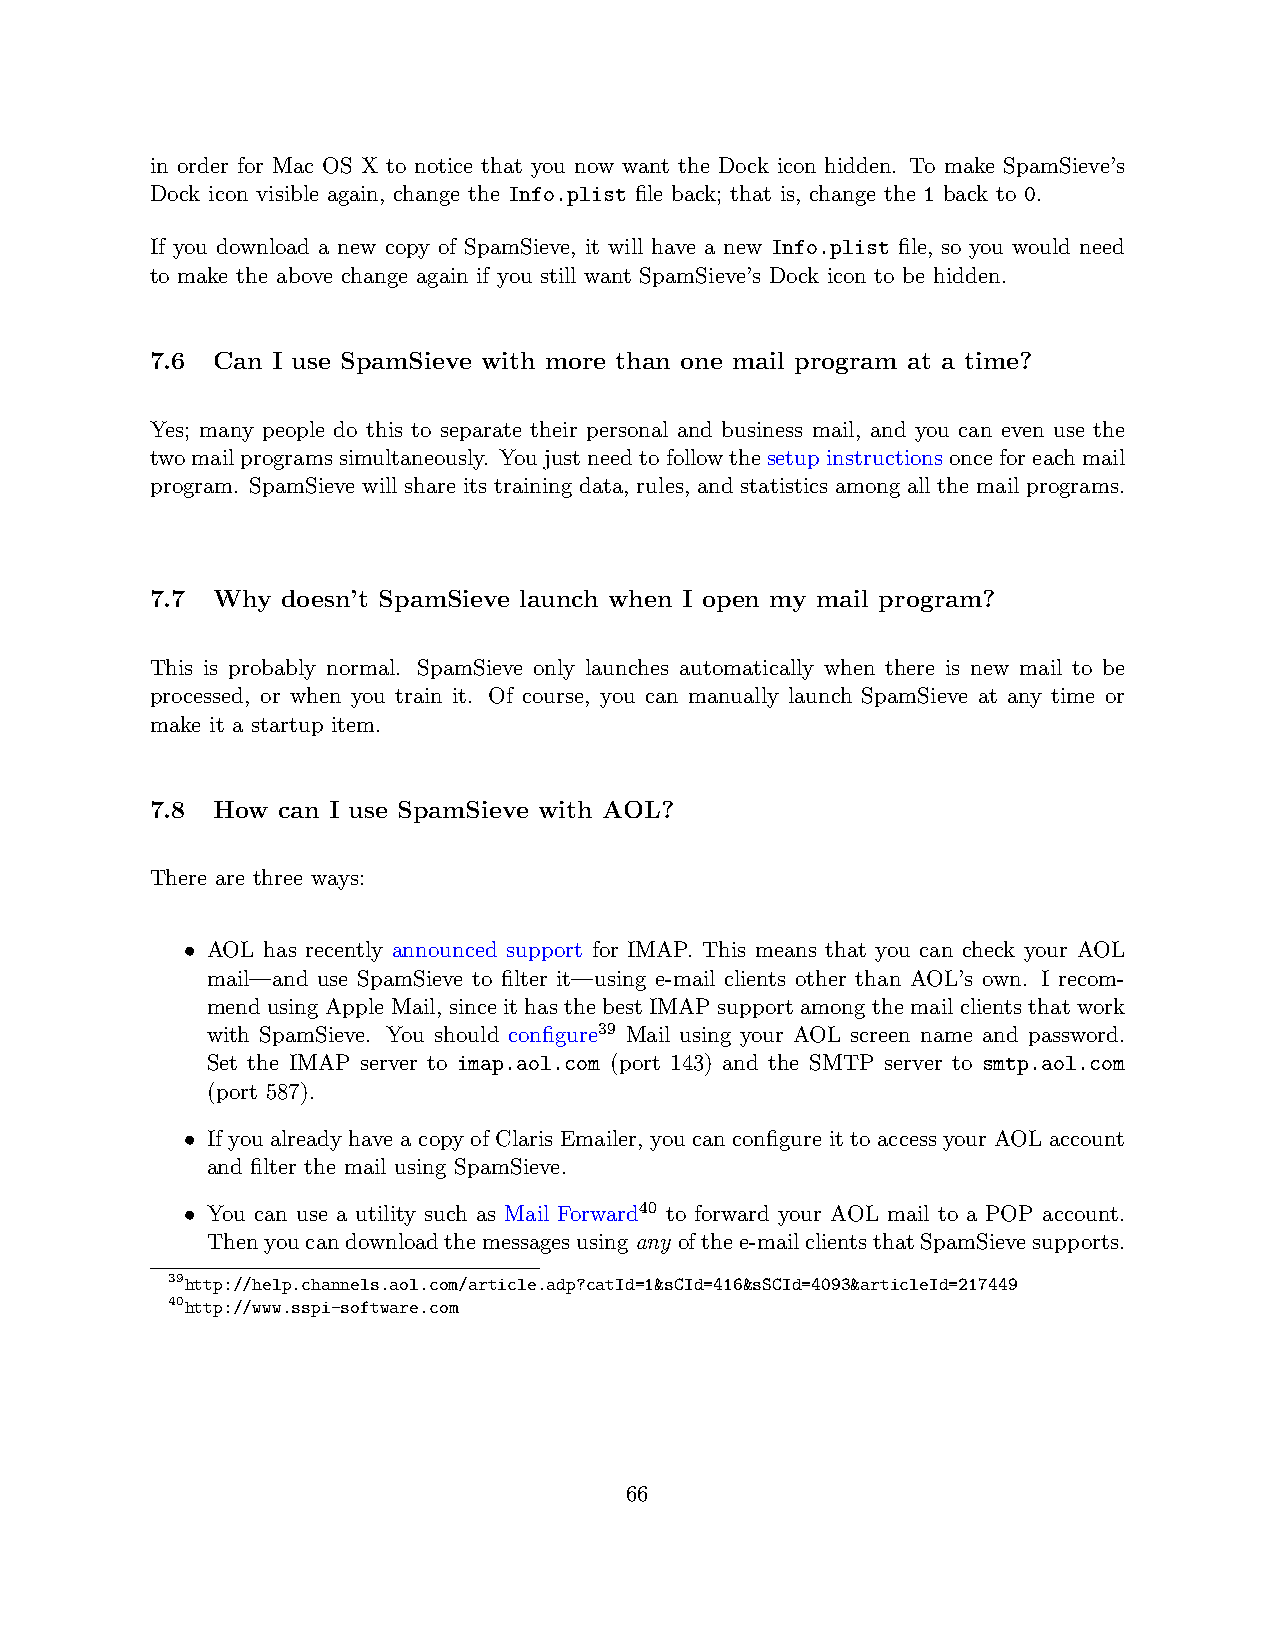
in order for Mac OS X to notice that you now want the Dock icon hidden. To make SpamSieve’s
 Dock icon visible again, change the Info.plist file back; that is, change the 1 back to 0.
 If you download a new copy of SpamSieve, it will have a new Info.plist file, so you would need
 to make the above change again if you still want SpamSieve’s Dock icon to be hidden.
 7.6 Can I use SpamSieve with more than one mail program at a time?
 Yes; many people do this to separate their personal and business mail, and you can even use the
 twomailprogramssimultaneously. Youjustneedtofollowthesetupinstructionsonceforeachmail
 program. SpamSieve will share its training data, rules, and statistics among all the mail programs.
 7.7 Why  doesn’t SpamSieve launch when I open my mail program?
 This is probably normal. SpamSieve only launches automatically when there is new mail to be
 processed, or when you train it. Of course, you can manually launch SpamSieve at any time or
 make it a startup item.
 7.8 How can I use SpamSieve with AOL?
 There are three ways:
 • AOL has recently announced support for IMAP. This means that you can check your AOL
 mail—and use SpamSieve to filter it—using e-mail clients other than AOL’s own. I recom-
 mend using Apple Mail, since it has the best IMAP support among the mail clients that work
 with SpamSieve. You should configure39 Mail using your AOL screen name and password.
 Set the IMAP server to imap.aol.com (port 143) and the SMTP server to smtp.aol.com
 (port 587).
 • If you already have a copy of Claris Emailer, you can configure it to access your AOL account
 and filter the mail using SpamSieve.
 • You can use a utility such as Mail Forward40 to forward your AOL mail to a POP account.
 Thenyoucandownloadthemessagesusingany ofthee-mailclientsthatSpamSievesupports.
 39http://help.channels.aol.com/article.adp?catId=1&sCId=416&sSCId=4093&articleId=217449
 40http://www.sspi-software.com
 66